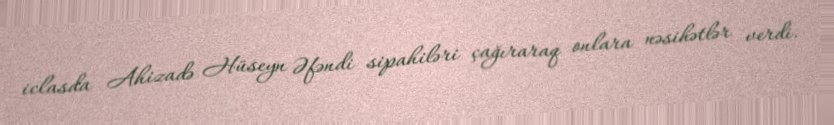
iclasda Ahizadə Hüseyn Əfəndi sipahiləri çağıraraq onlara nəsihətlər verdi.